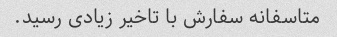
متاسفانه سفارش با تاخیر زیادی رسید.